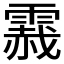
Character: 𲊂